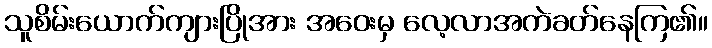
သူစိမ်းယောက်ကျားပြိုအား အဝေးမှ လေ့လာအကဲခတ်နေကြ၏။